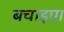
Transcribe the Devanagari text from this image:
बचाइए।